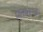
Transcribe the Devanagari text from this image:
प्रतातन्त्र